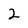
Character: 2